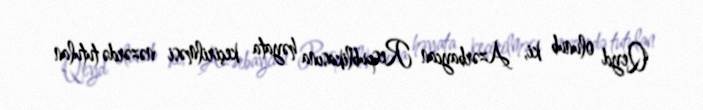
Qeyd olunub ki, Azərbaycan Respublikasına həyata keçirilməsi nəzərdə tutulan